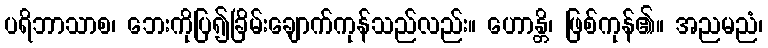
ပရိဘာသာစ၊ ဘေးကိုပြ၍ခြိမ်းချောက်ကုန်သည်လည်း။ ဟောန္တိ၊ ဖြစ်ကုန်၏။ အညမညံ၊